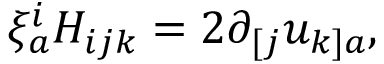
\xi _ { a } ^ { i } H _ { i j k } = 2 \partial _ { [ j } u _ { k ] a } ,